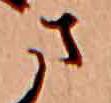
さ